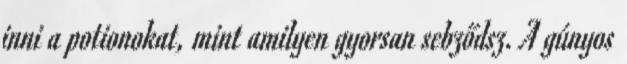
inni a potionokat, mint amilyen gyorsan sebződsz. A gúnyos